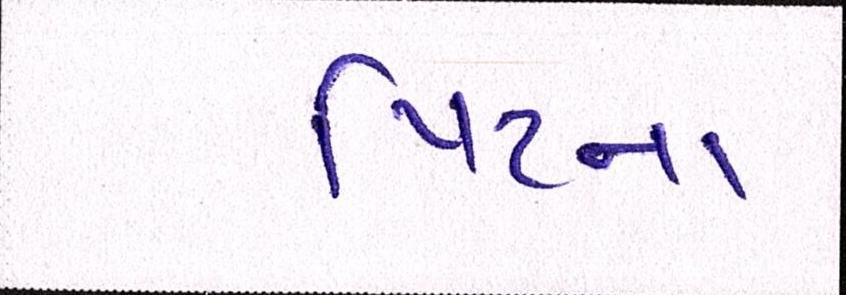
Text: પિટના